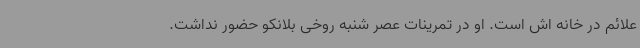
علائم در خانه اش است. او در تمرینات عصر شنبه روخی بلانکو حضور نداشت.